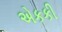
એકકી